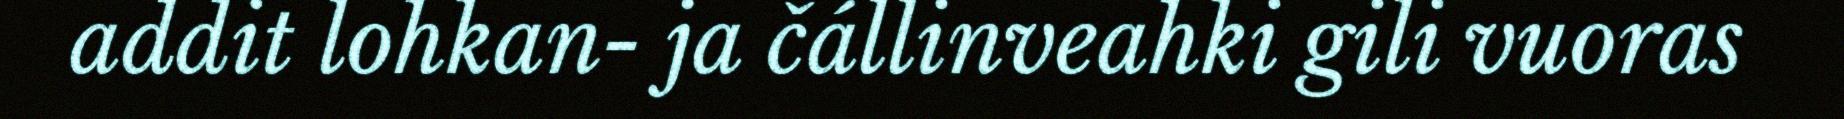
addit lohkan- ja čállinveahki gili vuoras